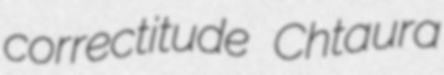
correctitude Chtaura